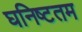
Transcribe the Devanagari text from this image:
घनिष्टतम